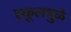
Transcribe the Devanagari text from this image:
स्कूलमुळे